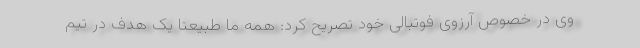
وی در خصوص آرزوی فوتبالی خود تصریح کرد: همه ما طبیعتا یک هدف در تیم